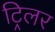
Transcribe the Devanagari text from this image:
ट्रिलर